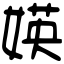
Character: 媖